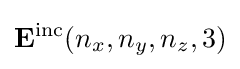
\mathbf {E} ^{\mathrm {inc} }(n_{x},n_{y},n_{z},3)